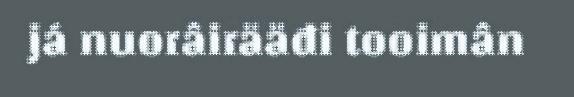
já nuorâirääđi tooimân